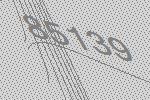
85139